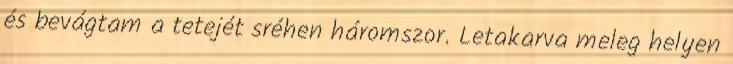
és bevágtam a tetejét sréhen háromszor. Letakarva meleg helyen